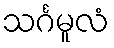
သင်္ဂမူလံ